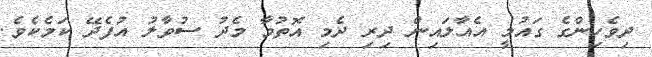
ދިވެހިންގެ ގައުމީ އެއާލައިން ދިރި ދެމި އޮތުމާ މެދު ސުވާލު އުފެދޭ ކަމެކެވެ.